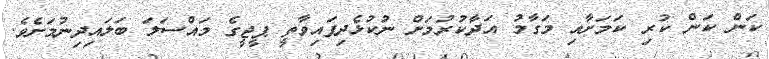
ކަން ކަން ކުރި ކަމަށާއި މަގާމު އަދާކުރުމަށް ނުކުޅެދިފައިވާތީ ޕީޖީގެ މައްސަލަ ބަލައިދިނުމަށެވެ.